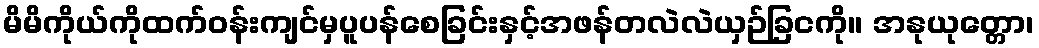
မိမိကိုယ်ကိုထက်ဝန်းကျင်မှပူပန်စေခြင်းနှင့်အဖန်တလဲလဲယှဉ်ခြငကို။ အနုယုတ္တော၊